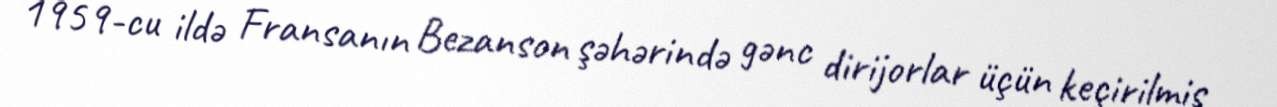
1959-cu ildə Fransanın Bezanson şəhərində gənc dirijorlar üçün keçirilmiş